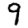
Digit: 9